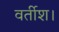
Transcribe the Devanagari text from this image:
वर्तीश।